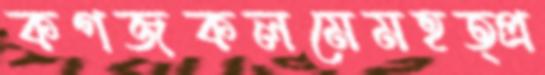
কগজকলমেমহত্প্র